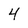
Character: 4